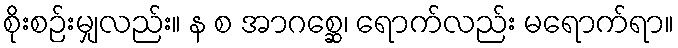
စိုးစဉ်းမျှလည်း။ န စ အာဂစ္ဆေ၊ ရောက်လည်း မရောက်ရာ။